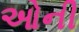
ઓની